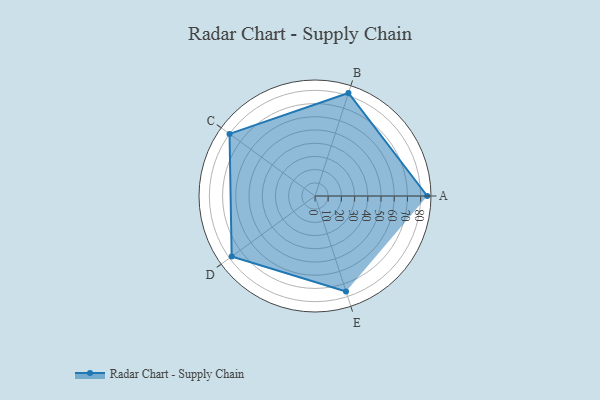
{"axis": {"x": "Skill", "y": "Score"}, "legend": ["Profile"], "data": [{"x": "A", "y": 85.0, "type": "Profile"}, {"x": "B", "y": 82.0, "type": "Profile"}, {"x": "C", "y": 80.0, "type": "Profile"}, {"x": "D", "y": 78.0, "type": "Profile"}, {"x": "E", "y": 76.0, "type": "Profile"}]}